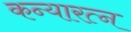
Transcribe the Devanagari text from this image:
कन्यारत्न